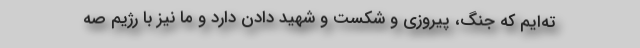
ته‌ایم که جنگ، پیروزی و شکست و شهید دادن دارد و ما نیز با رژیم صه